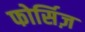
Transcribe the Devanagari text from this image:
फोर्सिज़